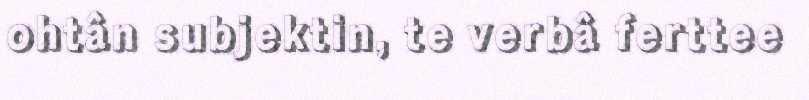
ohtân subjektin, te verbâ ferttee